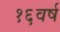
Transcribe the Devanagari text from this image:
१६वर्ष